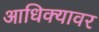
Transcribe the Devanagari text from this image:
आधिक्यावर